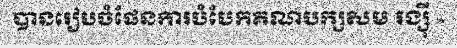
បានរៀបចំផែនការបំបែកគណបក្សសម រង្ស៊ី »